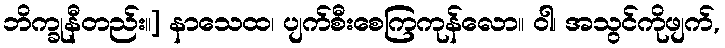
ဘိက္ခုနီတည်း။] နာသေထ၊ ပျက်စီးစေကြကုန်လော။ ဝါ၊ အသွင်ကိုဖျက်,